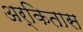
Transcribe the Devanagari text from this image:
अर्कितास